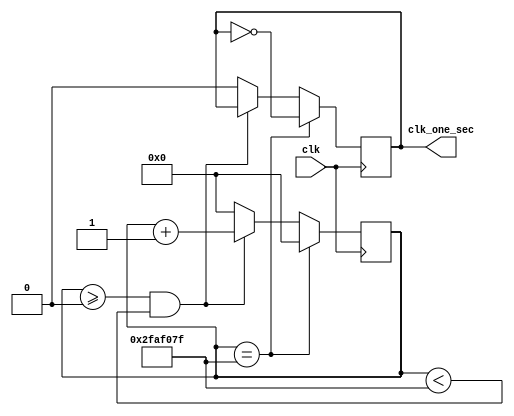
module CLK_ONE_SEC(clk, clk_one_sec);
input clk;
output clk_one_sec;
reg clk_one_sec;
reg [31:0] count;


always@(posedge clk) 
begin

	if(count==49999999) begin
		clk_one_sec=~clk_one_sec;
		count<=0;
	end
	else if(count>=0 && count<49999999)begin
		count=count+1;
	end
	else begin
		count=0;
		clk_one_sec=0;
	end
	
end

endmodule